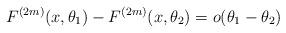
LaTeX: \begin{align*} F^{(2m)}(x,\theta _1) - F^{(2m)}(x,\theta _2) = o(\theta _1 - \theta _2) \end{align*}